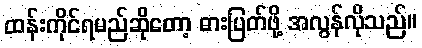
ထန်းကိုင်ရမည်ဆိုတော့ ဓားပြတ်ဖို့ အလွန်လိုသည်။